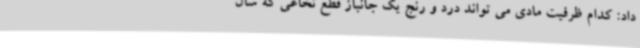
داد: کدام ظرفیت مادی می تواند درد و رنج یک جانباز قطع نخاعی که سال